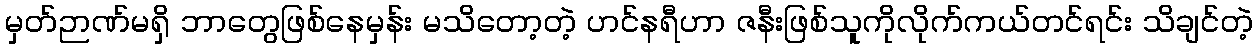
မှတ်ဉာဏ်မရှိ ဘာတွေဖြစ်နေမှန်း မသိတော့တဲ့ ဟင်နရီဟာ ဇနီးဖြစ်သူကိုလိုက်ကယ်တင်ရင်း သိချင်တဲ့